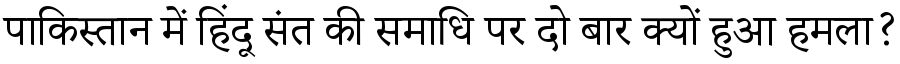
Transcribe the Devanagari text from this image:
पाकिस्तान में हिंदू संत की समाधि पर दो बार क्यों हुआ हमला?